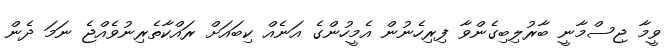
ވީމާ ޖިސްމާނީ ބާރުލިބިގެންވާ ފިރިހެނުން އެމީހުންގެ އަނެއް ކިބައަށް ރައްކާތެރިނުވެއްޖެ ނަމަ ދެން